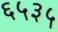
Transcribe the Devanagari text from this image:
६५३५